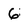
Character: 6